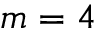
m = 4